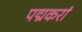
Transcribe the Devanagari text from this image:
पद्मकरां